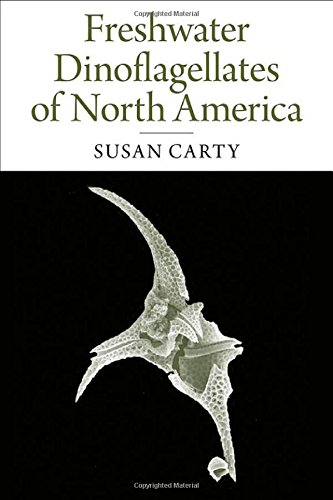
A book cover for Freshwater Dinoflagellates of North America; Susan Carty; Science & Math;